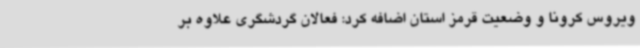
ویروس کرونا و وضعیت قرمز استان اضافه کرد: فعالان گردشگری علاوه بر